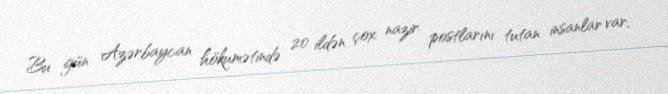
Bu gün Azərbaycan hökumətində 20 ildən çox nazir postlarını tutan insanlar var,